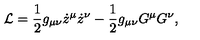
{ \cal L } = \frac { 1 } { 2 } g _ { \mu \nu } \dot { z } ^ { \mu } \dot { z } ^ { \nu } - \frac { 1 } { 2 } g _ { \mu \nu } G ^ { \mu } G ^ { \nu } ,